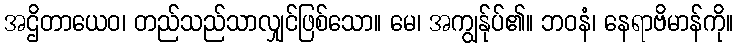
အဌိတာယေဝ၊ တည်သည်သာလျှင်ဖြစ်သော။ မေ၊ အကျွန်ုပ်၏။ ဘဝနံ၊ နေရာဗိမာန်ကို။